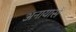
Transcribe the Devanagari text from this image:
अनायासें